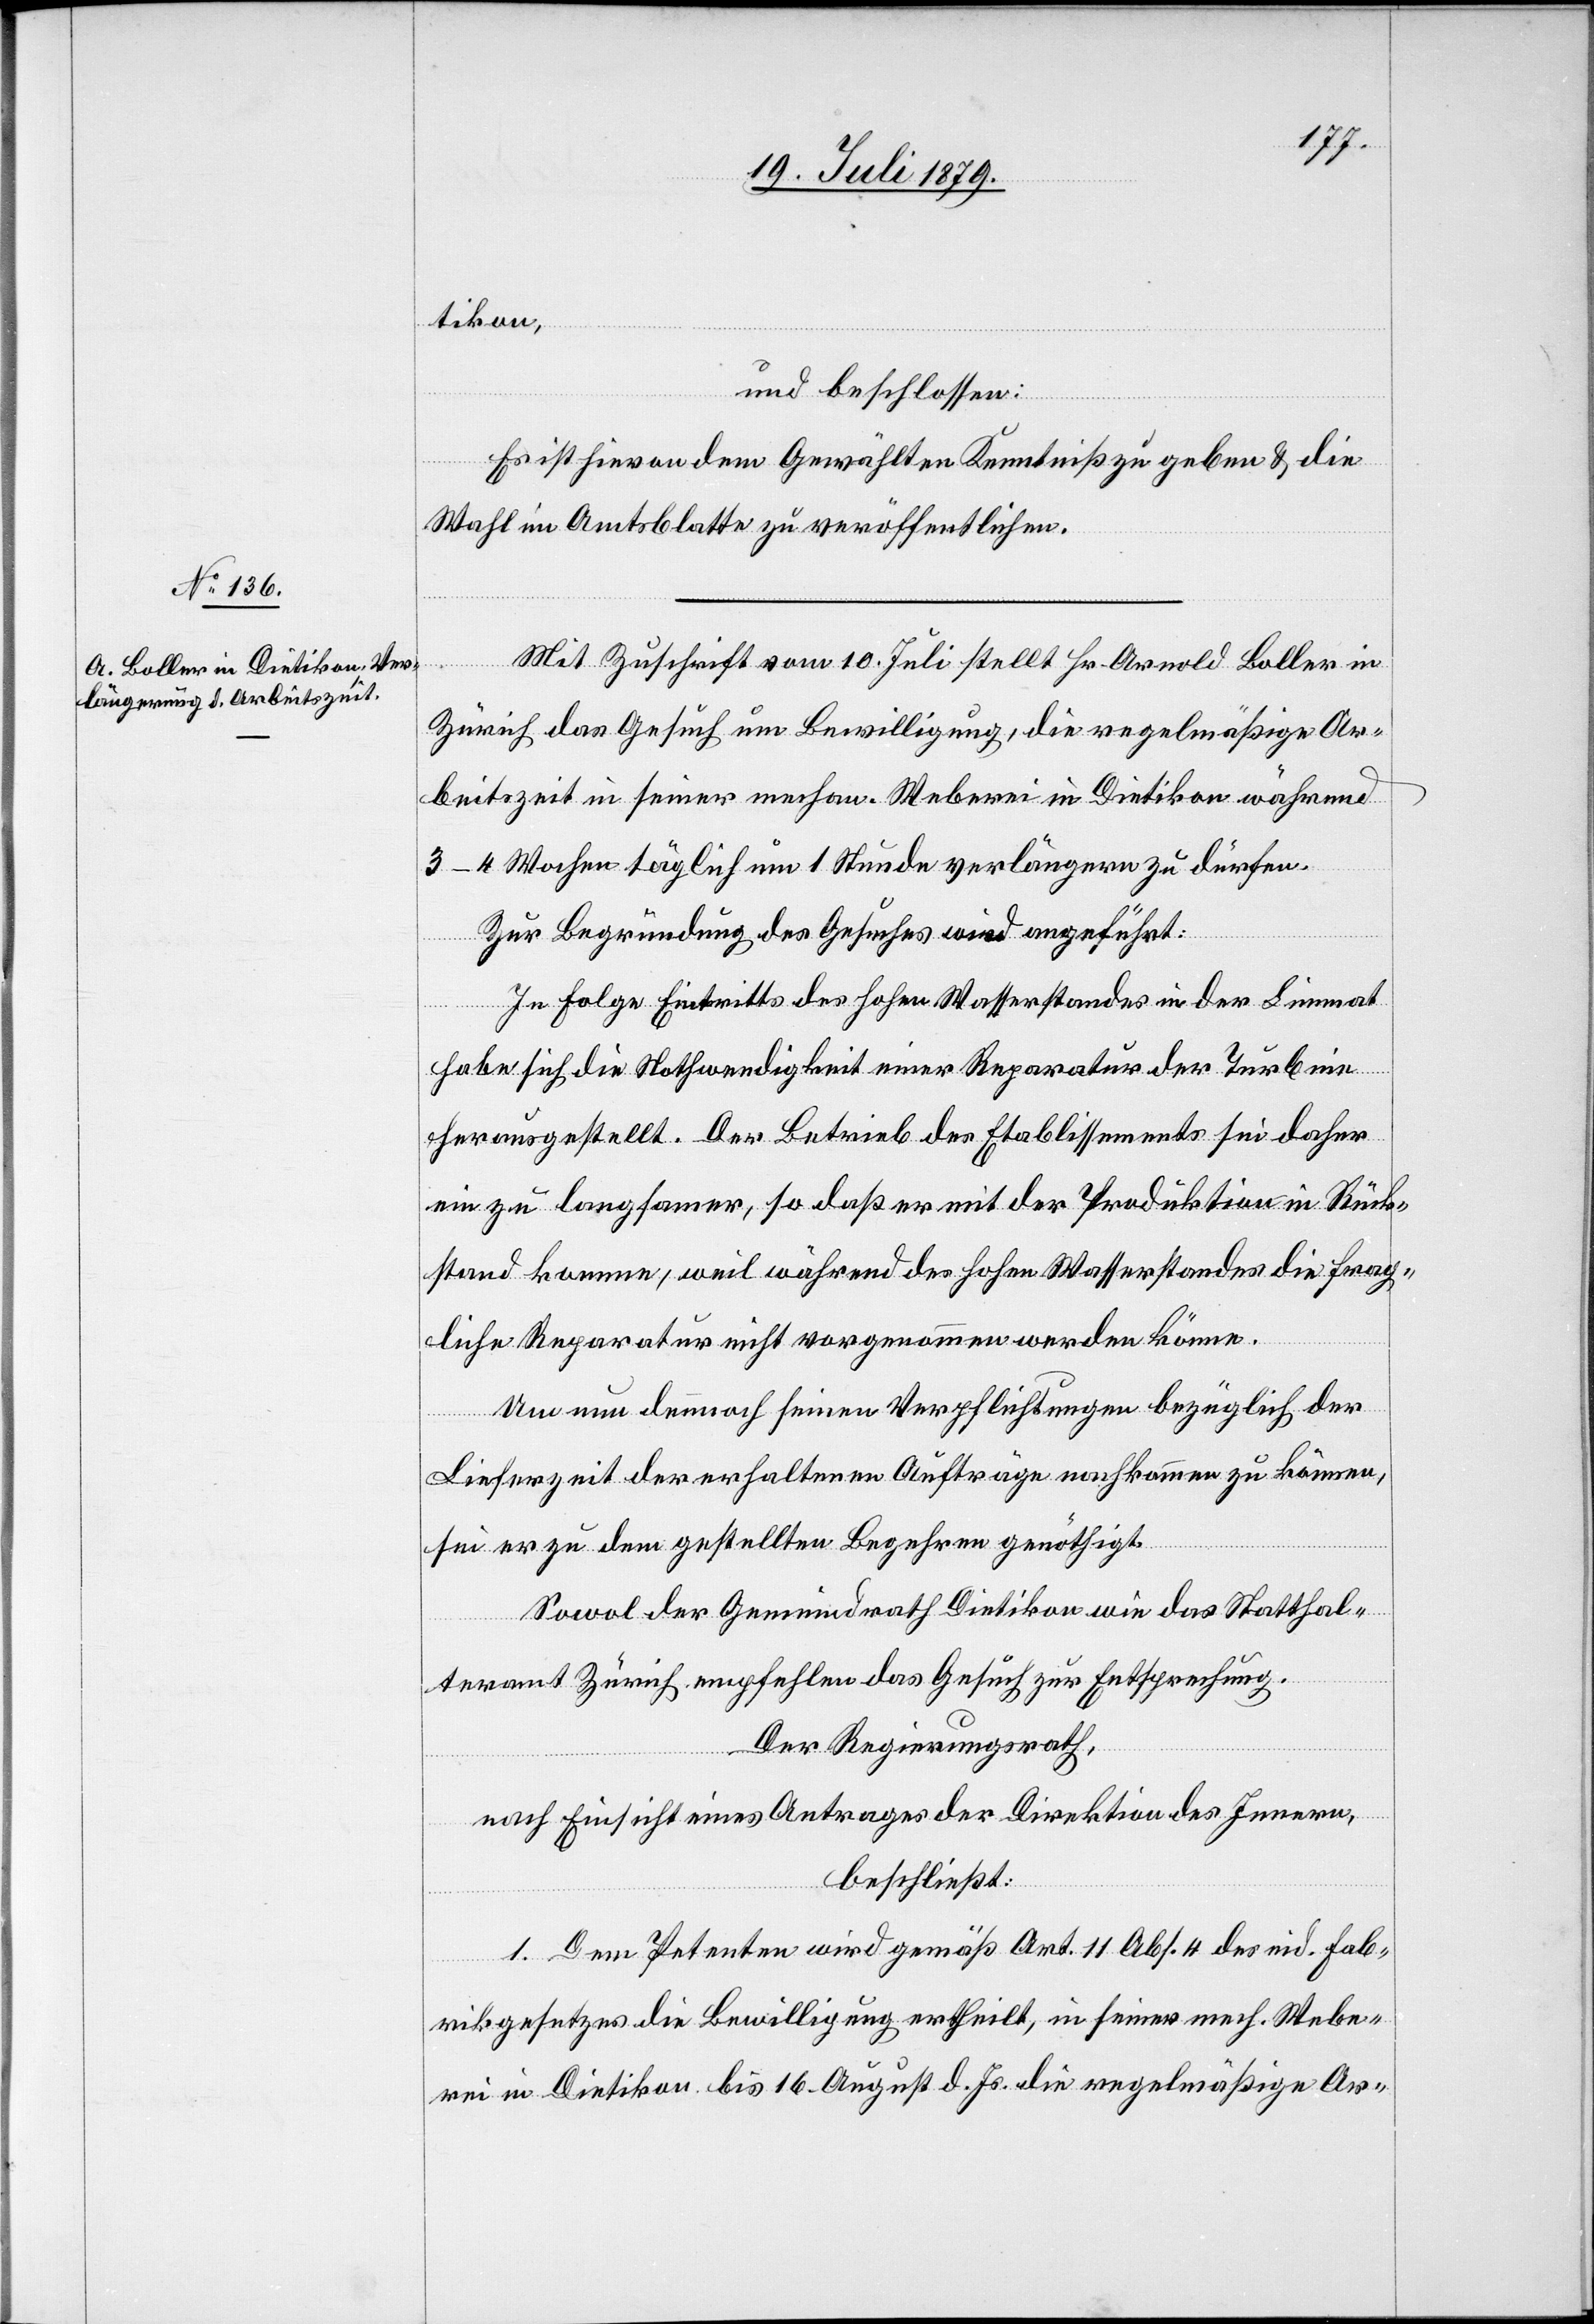
tikon,
und beschlossen:
Es ist hievon dem Gewählten Kenntniß zu geben & die
Wahl im Amtsblatte zu veröffentlichen.
Mit Zuschrift vom 10. Juli stellt Hr. Arnold Boller in
Zürich das Gesuch um Bewilligung, die regelmäßige Ar¬
beitszeit in seiner mechan. Weberei in Dietikon während
3–4 Wochen täglich um 1 Stunde verlängern zu dürfen.
Zur Begründung des Gesuches wird angeführt:
In Folge Eintritts des hohen Wasserstandes in der Limmat
habe sich die Nothwendigkeit einer Reparatur der Turbine
herausgestellt. Der Betrieb des Etablissements sei daher
ein zu langsamer, so daß er mit der Produktion in Rück¬
stand komme, weil während des hohen Wasserstandes die frag¬
liche Reparatur nicht vorgenommen werden könne.
Um nun dennnoch seinen Verpflichtungen bezüglich der
Lieferzeit der erhaltenen Aufträge nachkommen zu können,
sei er zu dem gestellten Begehren genöthigt.
Sowol der Gemeindrath Dietikon wie das Statthal¬
teramt Zürich empfehlen das Gesuch zur Entsprechung.
Der Regierungsrath,
nach Einsicht eines Antrages der Direktion des Innern,
beschließt:
1. Dem Petenten wird gemäß Art. 11 Abs. 4 des eid. Fab¬
rikgesetzes die Bewilligung ertheilt, in seiner mech. Webe¬
rei in Dietikon bis 16. August d. Js. die regelmäßige Ar-